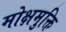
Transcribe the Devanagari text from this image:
मोक्षमुक्ति